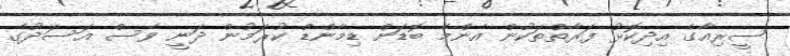
ސީރިއާގެ އިދިކޮޅު ފަރާތްތަކުން އެންމެ ބޮޑަށް ޑިމާންޑް ކުރަމުން ދަނީ ވެސް އަސަދުގެ